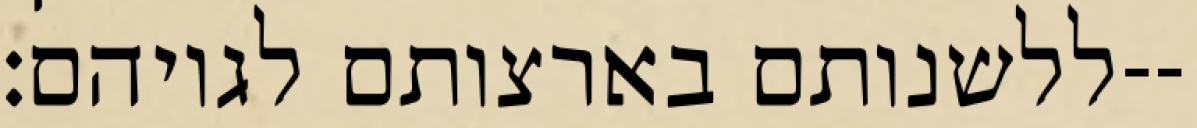
ללשנותם בארצותם לגויהם׃--